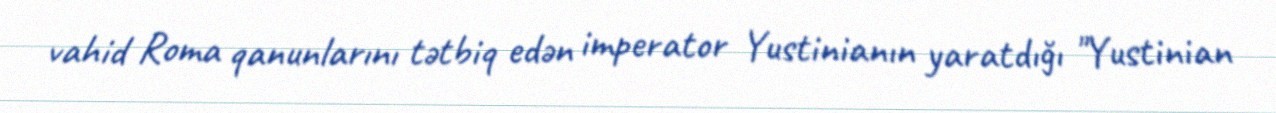
vahid Roma qanunlarını tətbiq edən imperator Yustinianın yaratdığı "Yustinian